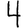
Digit: 4